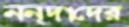
নন্দাদের